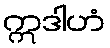
ဣဒါဟံ